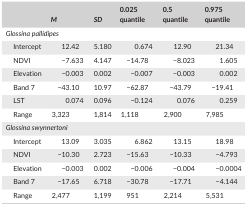
|  | M | SD | 0.025 quantile | 0.5 quantile | 0.975 quantile |
 | --- | --- | --- | --- | --- | --- |
 | <COLSPAN=6> Glossina pallidipes |
 | Intercept | 12.42 | 5.180 | 0.674 | 12.90 | 21.34 |
 | NDVI | −7.633 | 4.147 | −14.78 | −8.023 | 1.605 |
 | Elevation | −0.003 | 0.002 | −0.007 | −0.003 | 0.002 |
 | Band 7 | −43.10 | 10.97 | −62.87 | −43.79 | −19.41 |
 | LST | 0.074 | 0.096 | −0.124 | 0.076 | 0.259 |
 | Range | 3,323 | 1,814 | 1,118 | 2,900 | 7,985 |
 | <COLSPAN=6> Glossina swynnertoni |
 | Intercept | 13.09 | 3.035 | 6.862 | 13.15 | 18.98 |
 | NDVI | −10.30 | 2.723 | −15.63 | −10.33 | −4.793 |
 | Elevation | −0.003 | 0.002 | −0.006 | −0.004 | −0.0004 |
 | Band 7 | −17.65 | 6.718 | −30.78 | −17.71 | −4.144 |
 | Range | 2,477 | 1,199 | 951 | 2,214 | 5,531 |